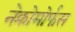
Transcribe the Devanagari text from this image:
नेक्रोमोर्फस